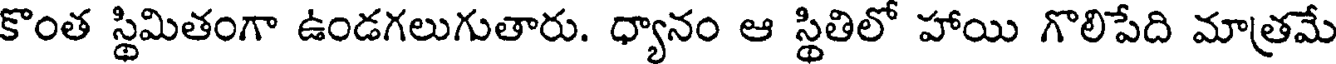
కొంత స్థిమితంగా ఉండగలుగుతారు. ధ్యానం ఆ స్థితిలో హాయి గొలిపేది మాత్రమే